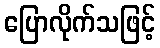
ပြောလိုက်သဖြင့်